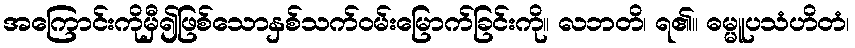
အကြောင်းကိုမှီ၍ဖြစ်သောနှစ်သက်ဝမ်းမြောက်ခြင်းကို။ လဘတိ၊ ရ၏။ ဓမ္မူပသံဟိတံ၊